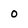
Character: 0